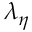
\lambda _ { \eta }